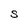
Character: S